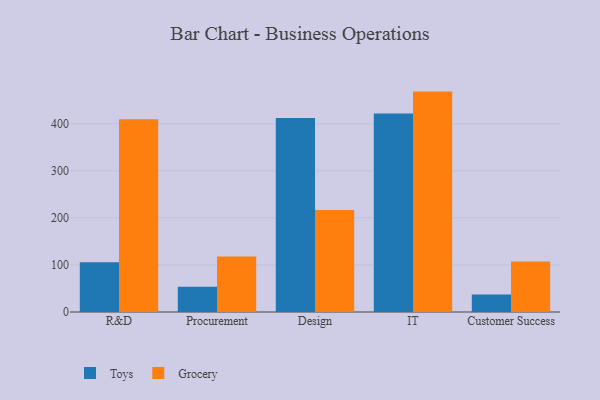
{"axis": {"x": "Department", "y": "Operating Costs (USD K)"}, "legend": ["Grocery", "Toys"], "data": [{"x": "R&D", "y": 105.7, "type": "Toys"}, {"x": "R&D", "y": 409.6, "type": "Grocery"}, {"x": "Procurement", "y": 53.8, "type": "Toys"}, {"x": "Procurement", "y": 118.2, "type": "Grocery"}, {"x": "Design", "y": 412.4, "type": "Toys"}, {"x": "Design", "y": 216.7, "type": "Grocery"}, {"x": "IT", "y": 422.0, "type": "Toys"}, {"x": "IT", "y": 468.4, "type": "Grocery"}, {"x": "Customer Success", "y": 37.2, "type": "Toys"}, {"x": "Customer Success", "y": 107.5, "type": "Grocery"}]}